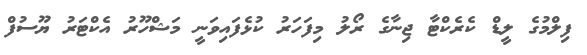
ފިލްމުގެ ލީޑް ކެރެކްޓާ ޖިނާގެ ރޯލު މިފަހަރު ކުޅެފައިވަނީ މަޝްހޫރު އެކްޓަރު ޔޫސުފް